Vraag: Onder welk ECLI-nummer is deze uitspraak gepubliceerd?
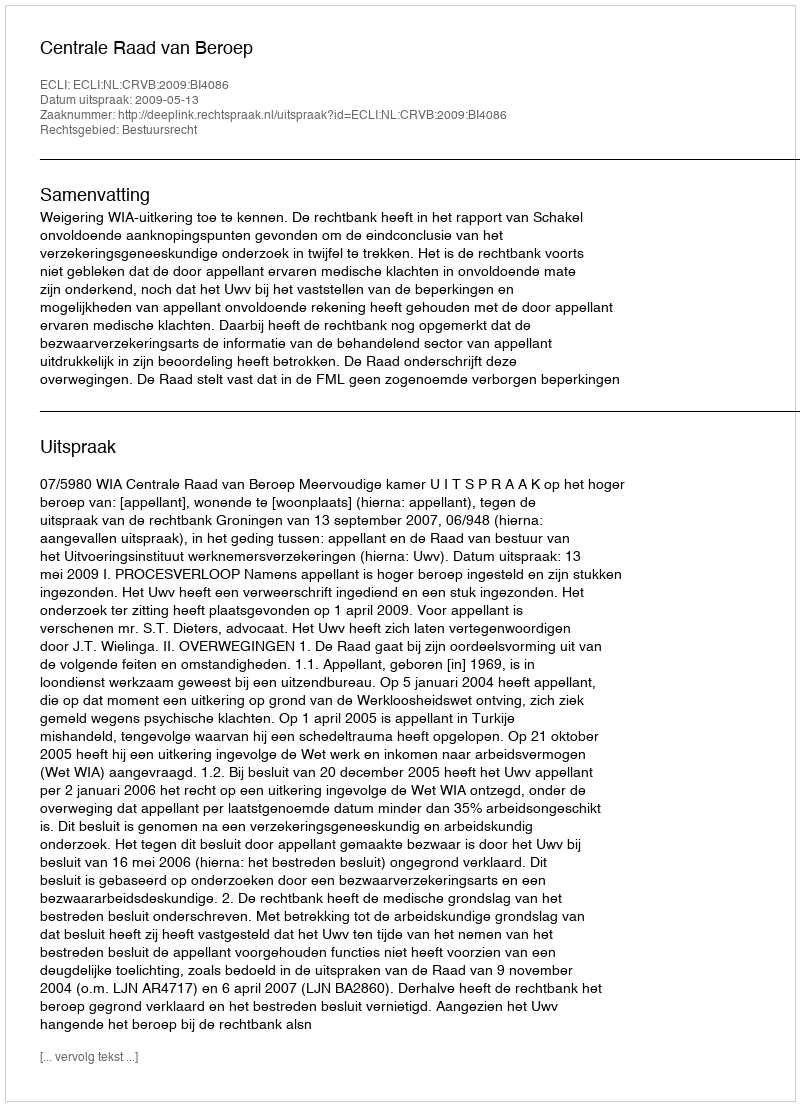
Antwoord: ECLI:NL:CRVB:2009:BI4086